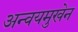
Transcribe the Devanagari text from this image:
अन्वयमुखेन